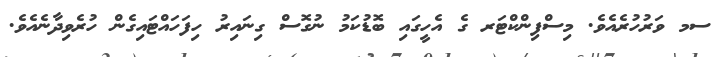
ސމ ވަރުހުރެއެވެ. މިސްފިންކްޓަރ ގެ އެހީގައި ބޮޑުކަމު ނުގޮސް ގިނައިރު ހިފަހައްޓައިގެން ހުރެވިދާނެއެވެ.